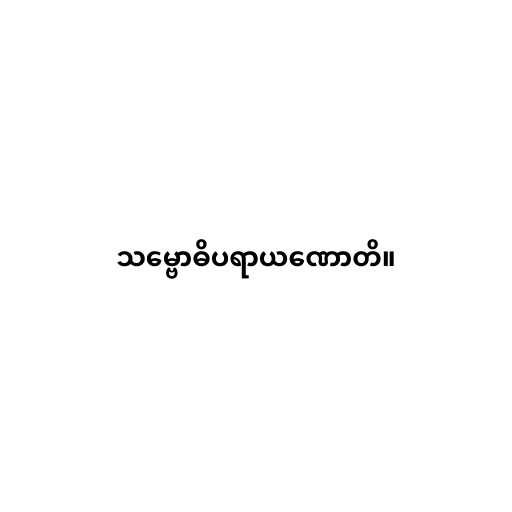
သမ္ဗောဓိပရာယဏောတိ။